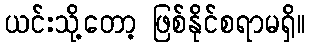
ယင်းသို့တော့ ဖြစ်နိုင်စရာမရှိ။